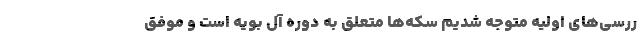
ررسی‌های اولیه متوجه شدیم سکه‌ها متعلق به دوره آل بویه است و موفق